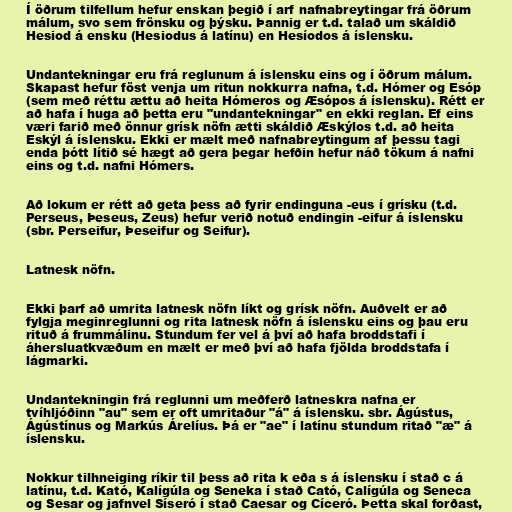
Í öðrum tilfellum hefur enskan þegið í arf nafnabreytingar frá öðrum
málum, svo sem frönsku og þýsku. Þannig er t.d. talað um skáldið
Hesiod á ensku (Hesiodus á latínu) en Hesíodos á íslensku.

Undantekningar eru frá reglunum á íslensku eins og í öðrum málum.
Skapast hefur föst venja um ritun nokkurra nafna, t.d. Hómer og Esóp
(sem með réttu ættu að heita Hómeros og Æsópos á íslensku). Rétt er
að hafa í huga að þetta eru "undantekningar" en ekki reglan. Ef eins
væri farið með önnur grísk nöfn ætti skáldið Æskýlos t.d. að heita
Eskýl á íslensku. Ekki er mælt með nafnabreytingum af þessu tagi
enda þótt lítið sé hægt að gera þegar hefðin hefur náð tökum á nafni
eins og t.d. nafni Hómers.

Að lokum er rétt að geta þess að fyrir endinguna -eus í grísku (t.d.
Perseus, Þeseus, Zeus) hefur verið notuð endingin -eifur á íslensku
(sbr. Perseifur, Þeseifur og Seifur).

Latnesk nöfn.

Ekki þarf að umrita latnesk nöfn líkt og grísk nöfn. Auðvelt er að
fylgja meginreglunni og rita latnesk nöfn á íslensku eins og þau eru
rituð á frummálinu. Stundum fer vel á því að hafa broddstafi í
áhersluatkvæðum en mælt er með því að hafa fjölda broddstafa í
lágmarki.

Undantekningin frá reglunni um meðferð latneskra nafna er
tvíhljóðinn "au" sem er oft umritaður "á" á íslensku. sbr. Ágústus,
Ágústínus og Markús Árelíus. Þá er "ae" í latínu stundum ritað "æ" á
íslensku.

Nokkur tilhneiging ríkir til þess að rita k eða s á íslensku í stað c á
latínu, t.d. Kató, Kalígúla og Seneka í stað Cató, Calígúla og Seneca
og Sesar og jafnvel Síseró í stað Caesar og Cíceró. Þetta skal forðast,